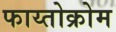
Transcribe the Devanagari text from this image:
फाय्तोक्रोम